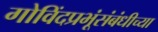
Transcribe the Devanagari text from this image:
गोविंदप्रभूंसंबंधीच्या